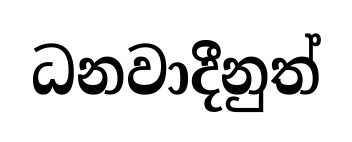
ධනවාදීනුත්